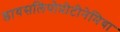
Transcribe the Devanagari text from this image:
डायसलिपोप्रोटीनेमिया